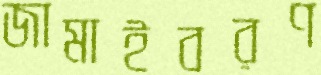
জামাইবরণ